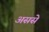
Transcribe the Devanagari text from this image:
अससे